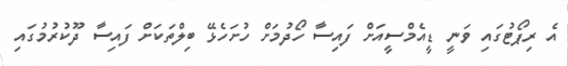
އެ ރިޕޯޓުގައި ވަނީ ޑީއެމްސީއަށް ފައިސާ ހޯދުމަށް ހުށަހެޅޭ ބިލްތަކަށް ފައިސާ ދޫކުރުމުގައި